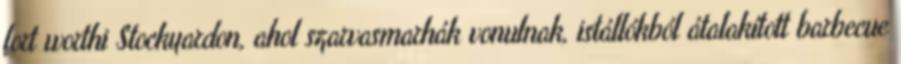
fort worthi Stockyardon, ahol szarvasmarhák vonulnak, istállókból átalakított barbecue